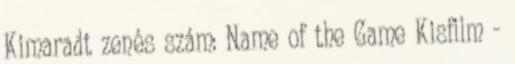
Kimaradt zenés szám: Name of the Game Kisfilm -